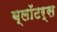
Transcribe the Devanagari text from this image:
ब्लॉटर्स